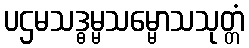
ပဌမသဒ္ဓမ္မသမ္မောသသုတ္တံ